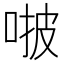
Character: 𠵿